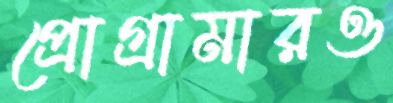
প্রোগ্রামারও